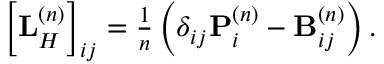
\begin{array} { r } { \left[ \mathbf { L } _ { H } ^ { \left( n \right) } \right] _ { i j } = \frac { 1 } { n } \left( \delta _ { i j } \mathbf { P } _ { i } ^ { \left( n \right) } - \mathbf { B } _ { i j } ^ { \left( n \right) } \right) . } \end{array}